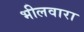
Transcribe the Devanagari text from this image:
भीलवारा